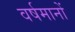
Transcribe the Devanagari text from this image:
वर्षमानों